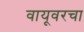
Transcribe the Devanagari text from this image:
वायूवरचा